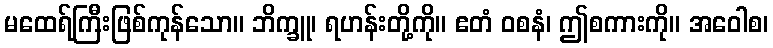
မထေရ်ကြီးဖြစ်ကုန်သော။ ဘိက္ခူ၊ ရဟန်းတို့ကို။ ဧတံ ဝစနံ၊ ဤစကားကို။ အဝေါစ၊